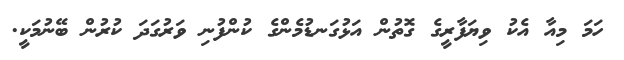
ހަމަ މިއާ އެކު ވިޔަފާރީގެ ގޮތުން އަޅުގަނޑުމެންގެ ކުންފުނި ވަރުގަދަ ކުރުން ބޭނުމަކީ.